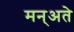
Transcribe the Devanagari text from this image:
मन्अते